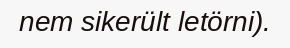
nem sikerült letörni).